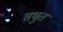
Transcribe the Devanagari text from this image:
सभुत